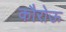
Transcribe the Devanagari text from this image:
कौरोऊ